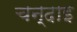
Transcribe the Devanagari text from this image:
चन्दाइ